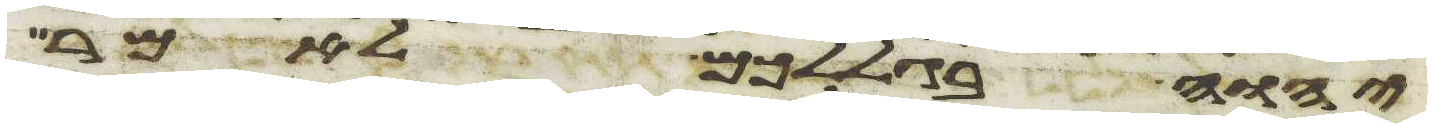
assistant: יהוה בגללכם לאמר